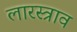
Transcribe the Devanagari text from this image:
लारस्त्राव